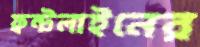
ফ্রন্টলাইনের